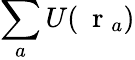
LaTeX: \sum_{a}U(\mathrm{~\mathbf~r~}_{a})